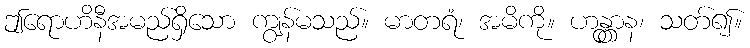
ဤရောဟိနီအမည်ရှိသော ကျွန်မသည်။ မာတရံ၊ အမိကို။ ဟန္တွာန၊ သတ်၍။